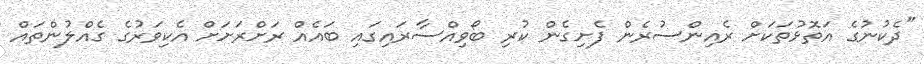
"ދެކުނުގެ އަތޮޅުތަކަށް ރެއިންސުރެން ފެށިގެން ކުރި ބޯވިއްސާރައިގައި ބައެއް ރަށްރަށަށް އެކިވަރުގެ ގެއްލުންތައް